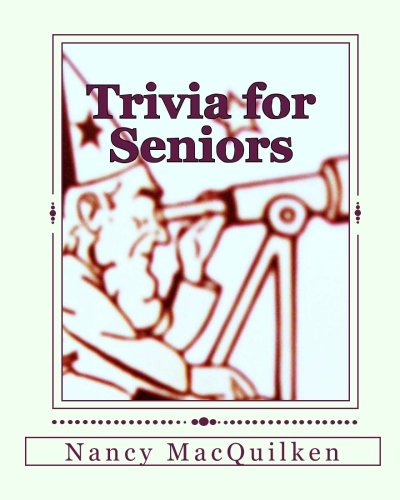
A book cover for Trivia for Seniors; Nancy MacQuilken; Humor & Entertainment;